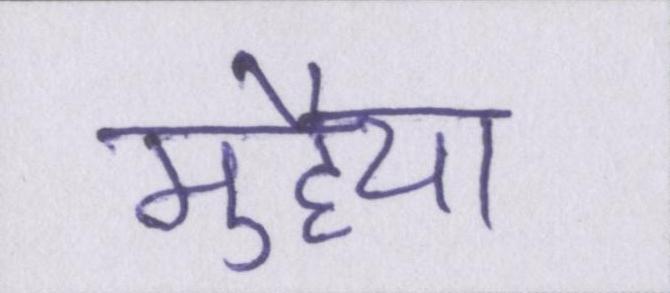
मुहैया